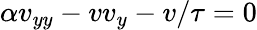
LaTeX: \begin{array}{r}{\alpha v_{yy}-vv_{y}-v/\tau=0}\end{array}